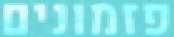
פזמונים